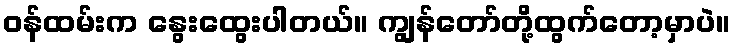
ဝန်ထမ်းက နွေးထွေးပါတယ်။ ကျွန်တော်တို့ထွက်တော့မှာပဲ။